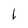
Character: L